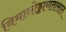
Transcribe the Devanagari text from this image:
विमानोड्डाणतासात